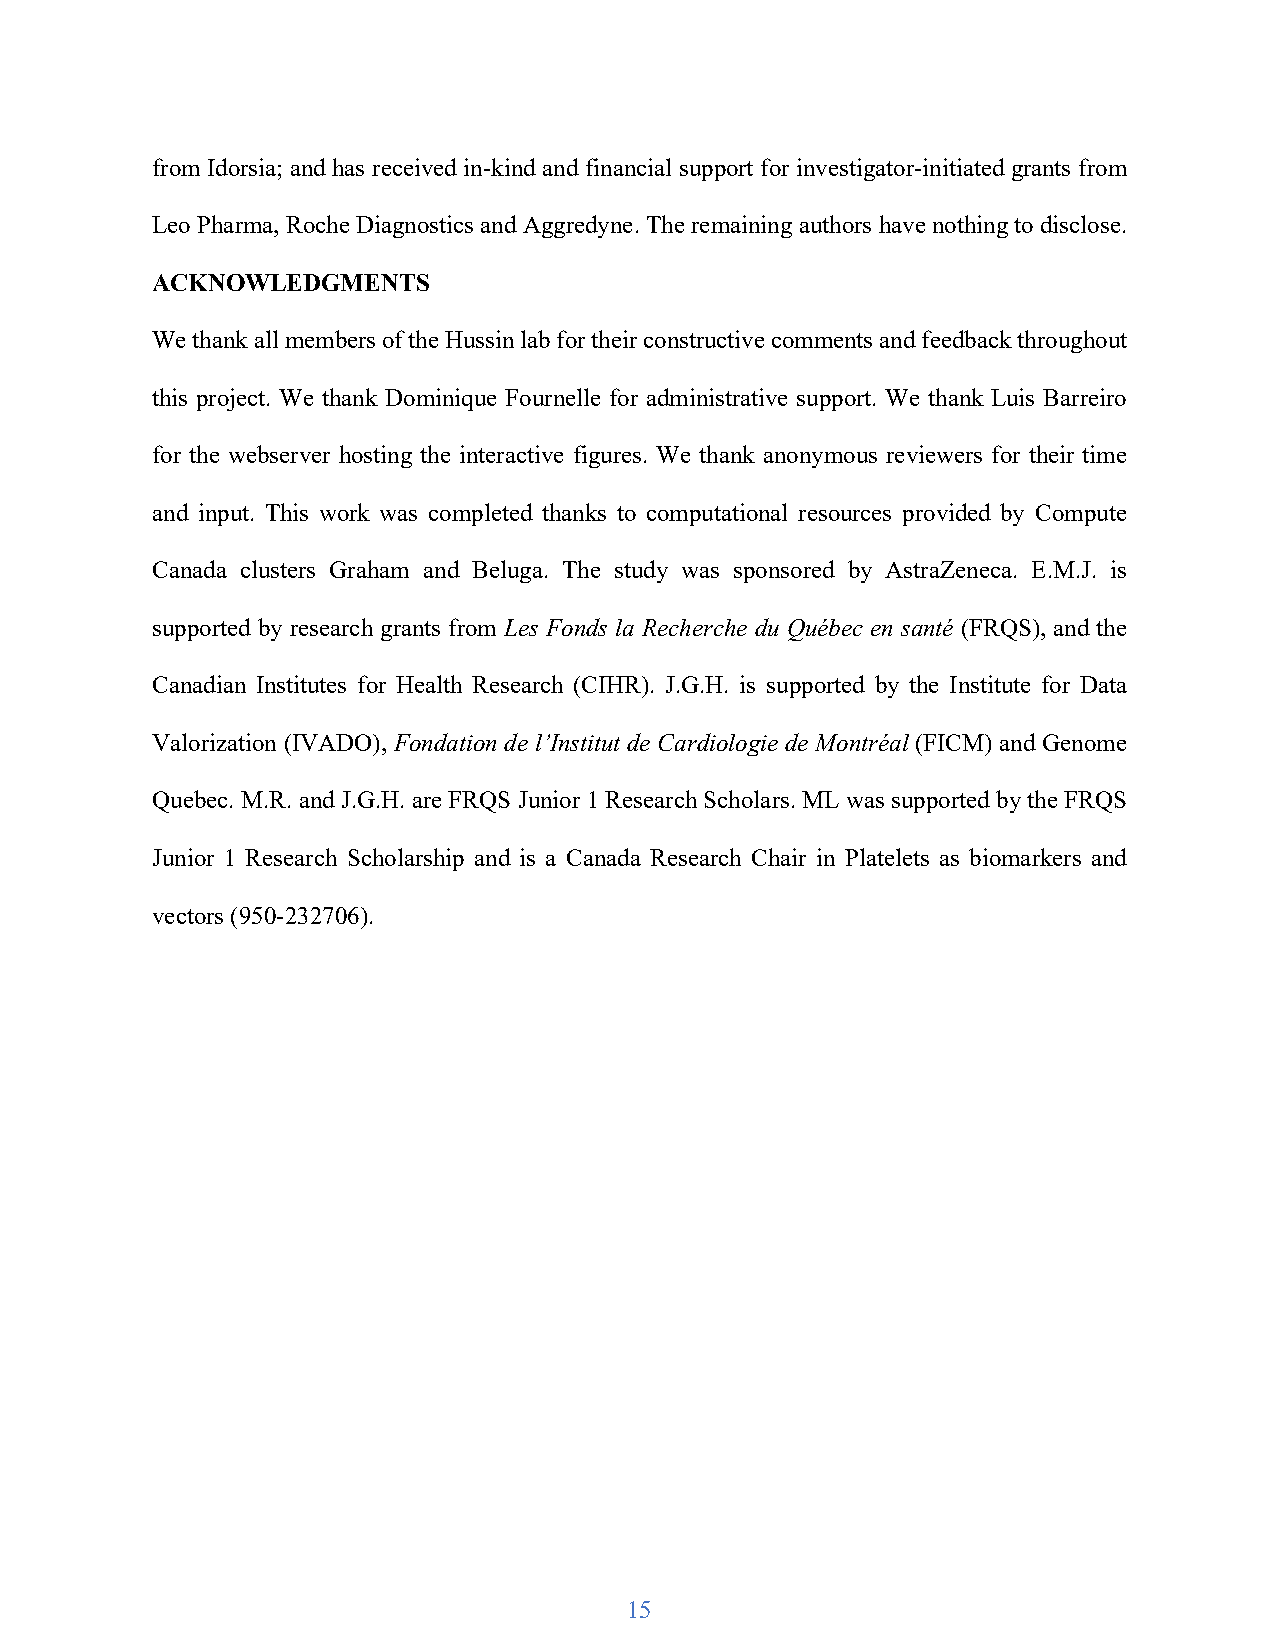
from Idorsia; and has received in-kind and financial support for investigator-initiated grants from
 Leo Pharma, Roche Diagnostics and Aggredyne. The remaining authors have nothing to disclose.
 ACKNOWLEDGMENTS
 We thank all members of the Hussin lab for their constructive comments and feedback throughout
 this project. We thank Dominique Fournelle for administrative support. We thank Luis Barreiro
 for the webserver hosting the interactive figures. We thank anonymous reviewers for their time
 and input. This work was completed thanks to computational resources provided by Compute
 Canada clusters Graham and Beluga. The study was sponsored by AstraZeneca. E.M.J. is
 supported by research grants from Les Fonds la Recherche du Québec en santé (FRQS), and the
 Canadian Institutes for Health Research (CIHR). J.G.H. is supported by the Institute for Data
 Valorization (IVADO), Fondation de l’Institut de Cardiologie de Montréal (FICM) and Genome
 Quebec. M.R. and J.G.H. are FRQS Junior 1 Research Scholars. ML was supported by the FRQS
 Junior 1 Research Scholarship and is a Canada Research Chair in Platelets as biomarkers and
 vectors (950-232706).
 15